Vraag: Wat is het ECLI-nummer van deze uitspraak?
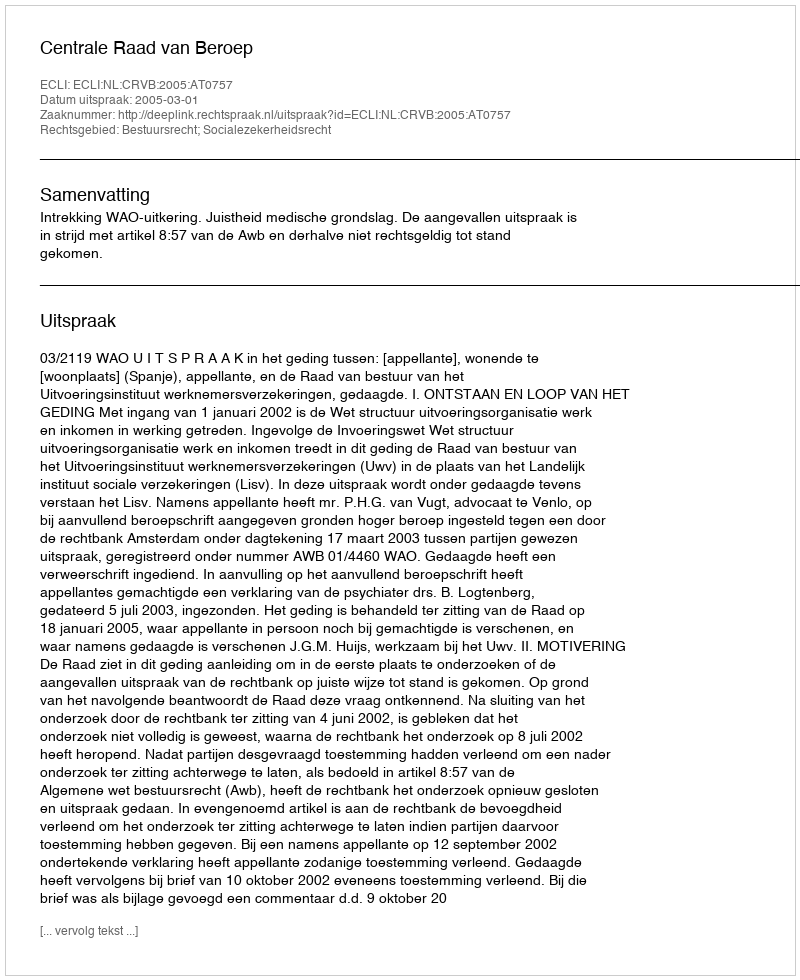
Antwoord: ECLI:NL:CRVB:2005:AT0757